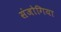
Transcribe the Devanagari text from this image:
संजोगिया